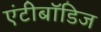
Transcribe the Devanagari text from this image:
एंटीबॉडिज